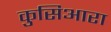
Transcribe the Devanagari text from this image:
कुसिआरा